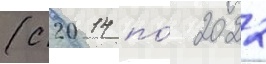
(с 2014 по́ 2022